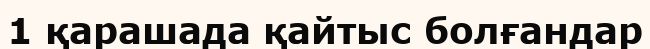
1 қарашада қайтыс болғандар